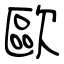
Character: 歐